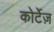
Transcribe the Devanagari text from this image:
कोर्टेज़